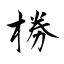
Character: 椦